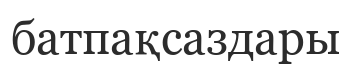
батпақсаздары